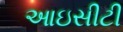
આઇસીટી